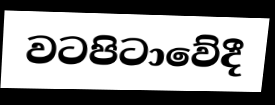
වටපිටාවේදී